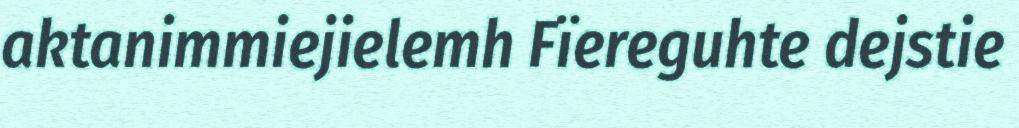
aktanimmiejielemh Fïereguhte dejstie